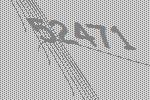
52471